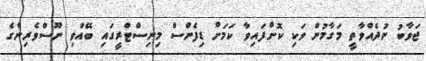
ޖަވާބު ނުދެއްވާތީ މަގާމުން ވަކި ކޮށްފައިވާ ކަމަށް ޑިފެންސް މިނިސްޓްރީގައި ބޭއްވި ނޫސްވެރިންގެ